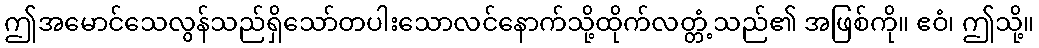
ဤအမောင်သေလွန်သည်ရှိသော်တပါးသောလင်နောက်သို့ထိုက်လတ္တံ့သည်၏ အဖြစ်ကို။ ဧဝံ၊ ဤသို့။